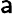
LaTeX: {\sf a}